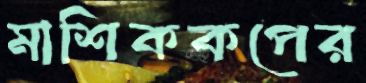
মাশিককপের